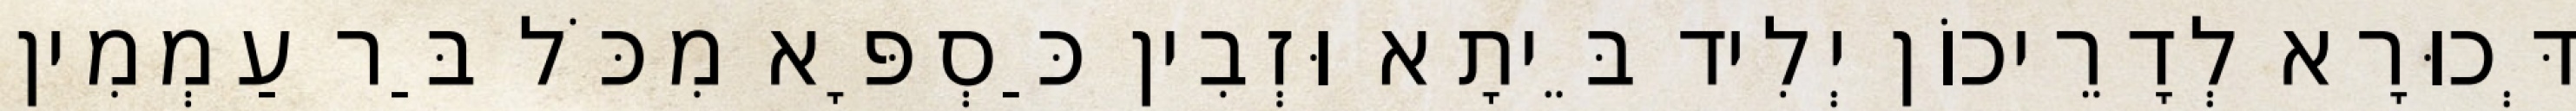
דְּכוּרָא לְדָרֵיכוֹן יְלִיד בֵּיתָא וּזְבִין כַּסְפָּא מִכֹּל בַּר עַמְמִין